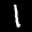
Label: 1